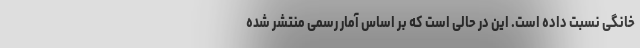
خانگی نسبت داده است. این در حالی است که بر اساس آمار رسمی منتشر شده